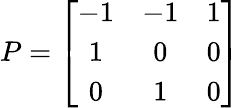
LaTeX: P=\left[\begin{array}{ccc}{-1}&{-1}&{1}\\ {1}&{0}&{0}\\ {0}&{1}&{0}\end{array}\right]